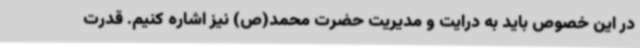
در این خصوص باید به درایت و مدیریت حضرت محمد(ص) نیز اشاره کنیم. قدرت